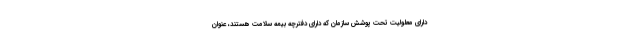
دارای معلولیت تحت پوشش سازمان که دارای دفترچه بیمه سلامت هستند، عنوان